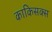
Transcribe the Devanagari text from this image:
काकिसक्स